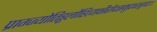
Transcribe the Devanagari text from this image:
प्राग्ज्योतिड्ढलौहित्यक्षीरोदसमुद्रपरुड्ढादाः।